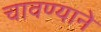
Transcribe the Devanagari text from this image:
चावण्याने